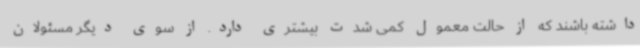
داشته باشند که از حالت معمول کمی شدت بیشتری دارد. از سوی دیگر مسئولان